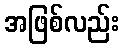
အဖြစ်လည်း